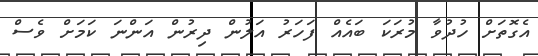
އެގޮތަށް ހުދުވާ މުރަކަ ބައެއް ފަހަރު އަލުން ދިރުން އަންނަ ކަމަށް ވެސް